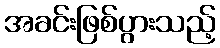
အခင်းဖြစ်ပွားသည့်